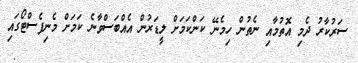
ސަރުކާރު ދެމި އޮތުމާއި ނެތުން ހިމެނޭ ކަންކަމަށް ލީޑަރުން އެއްބަސްވާނެ ކަމަށް މެނިފެސްޓޯގައި